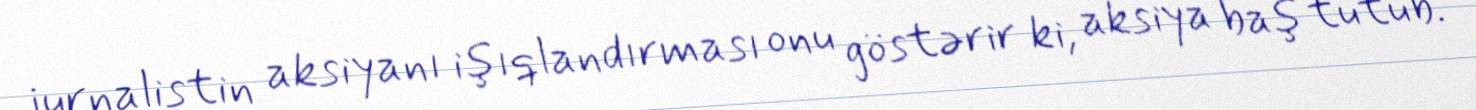
jurnalistin aksiyanı işıqlandırması onu göstərir ki, aksiya baş tutub.